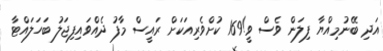
އަދި ބޭނުމިއްޔާ ފިލަން ވެސް ވީ!169 ކުށްވެރިއަކަށް ރައީސް މާފު ދެއްވައިފިޖަލު ބަހަލައްޓާ